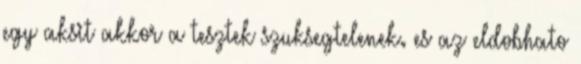
egy aksit akkor a tesztek szuksegtelenek. es az eldobhato